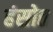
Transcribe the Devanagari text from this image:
हंसोत